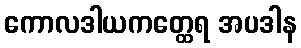
ကောလဒါယကတ္ထေရ အပဒါန